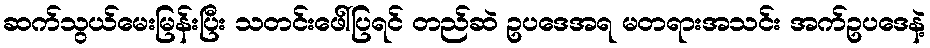
ဆက်သွယ်မေးမြန်းပြီး သတင်းဖေါ်ပြရင် တည်ဆဲ ဥပဒေအရ မတရားအသင်း အက်ဥပဒေနဲ့